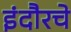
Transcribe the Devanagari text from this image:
इंदौरचे